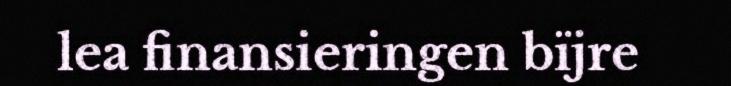
lea finansieringen bïjre